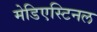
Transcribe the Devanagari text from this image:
मेडिएस्टिनल